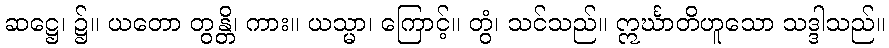
ဆဋ္ဌေ၊ ၌။ ယတော တွန္တိ၊ ကား။ ယသ္မာ၊ ကြောင့်။ တွံ၊ သင်သည်။ ဣင်္ဃာတိဟူသော သဒ္ဒါသည်။